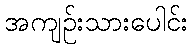
အကျဉ်းသားပေါင်း